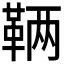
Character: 𬰥